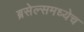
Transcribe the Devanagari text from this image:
ब्रसेल्समध्येच